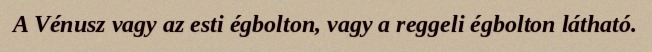
A Vénusz vagy az esti égbolton, vagy a reggeli égbolton látható.